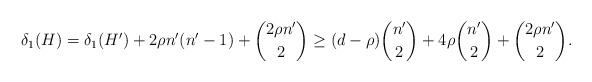
\begin{align*}\delta_1(H)&= \delta_1(H') +2\rho n'(n'-1)+\binom{2\rho n'}2 \geq (d-\rho)\binom{n'}2+ 4\rho \binom{n'}{2} +\binom{2\rho n'}2.\end{align*}